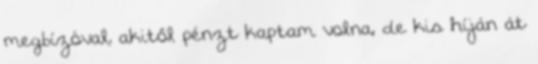
megbízóval, akitől pénzt kaptam volna, de kis híján át